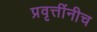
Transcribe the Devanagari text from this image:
प्रवृत्तींनीच